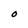
Character: O